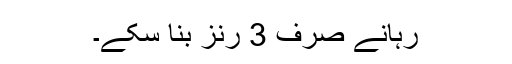
رہانے صرف 3 رنز بنا سکے۔